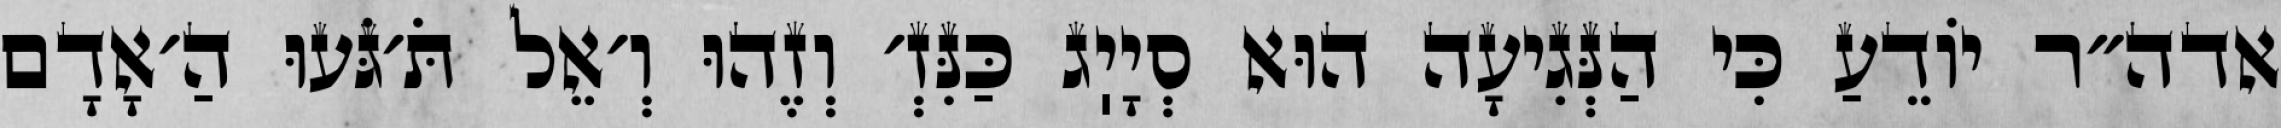
אדה״ר יוֹדֵעַ כִּי הַנְּגִיעָה הוּא סְיָיֽג כַּנִּזְ׳ וְזֶהוּ וְ׳אֵל תֹּ׳גֹּעוּ הַ׳אָדָם